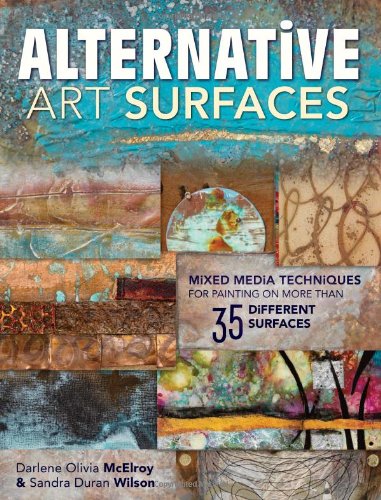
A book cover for Alternative Art Surfaces: Mixed-Media Techniques for Painting on More Than 35 Different Surfaces; Sandra Duran Wilson; Crafts, Hobbies & Home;